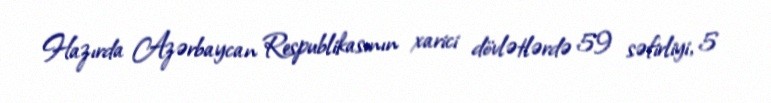
Hazırda Azərbaycan Respublikasının xarici dövlətlərdə 59 səfirliyi, 5